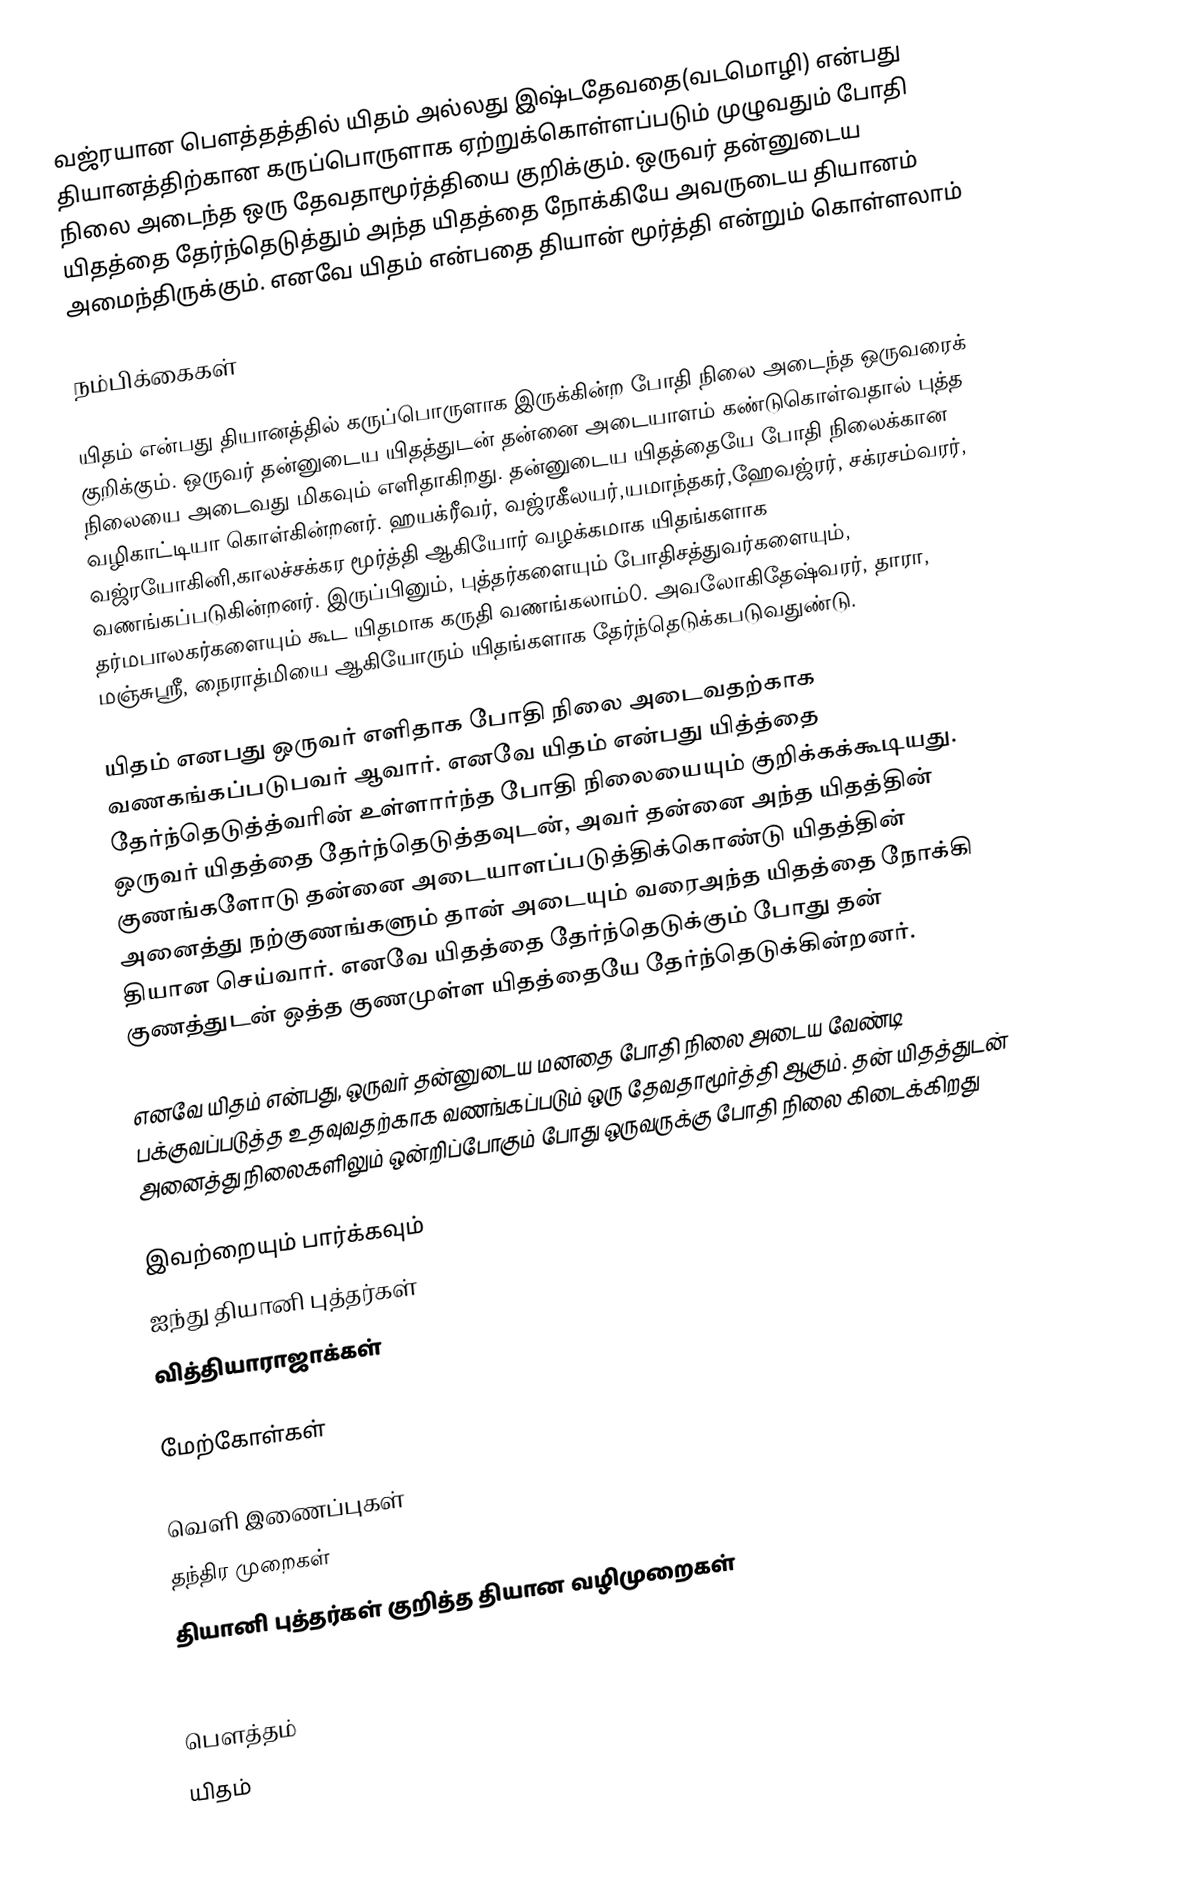
வஜ்ரயான பௌத்தத்தில் யிதம் அல்லது இஷ்டதேவதை(வடமொழி) என்பது தியானத்திற்கான கருப்பொருளாக ஏற்றுக்கொள்ளப்படும் முழுவதும் போதி நிலை அடைந்த ஒரு தேவதாமூர்த்தியை குறிக்கும். ஒருவர் தன்னுடைய யிதத்தை தேர்ந்தெடுத்தும் அந்த யிதத்தை நோக்கியே அவருடைய தியானம் அமைந்திருக்கும். எனவே யிதம் என்பதை தியான் மூர்த்தி என்றும் கொள்ளலாம்

நம்பிக்கைகள்

யிதம் என்பது தியானத்தில் கருப்பொருளாக இருக்கின்ற போதி நிலை அடைந்த ஒருவரைக் குறிக்கும். ஒருவர் தன்னுடைய யிதத்துடன் தன்னை அடையாளம் கண்டுகொள்வதால் புத்த நிலையை அடைவது மிகவும் எளிதாகிறது. தன்னுடைய யிதத்தையே போதி நிலைக்கான வழிகாட்டியா கொள்கின்றனர். ஹயக்ரீவர், வஜ்ரகீலயர்,யமாந்தகர்,ஹேவஜ்ரர், சக்ரசம்வரர், வஜ்ரயோகினி,காலச்சக்கர மூர்த்தி ஆகியோர் வழக்கமாக யிதங்களாக வணங்கப்படுகின்றனர். இருப்பினும், புத்தர்களையும் போதிசத்துவர்களையும், தர்மபாலகர்களையும் கூட யிதமாக கருதி வணங்கலாம்0. அவலோகிதேஷ்வரர், தாரா, மஞ்சுஸ்ரீ, நைராத்மியை ஆகியோரும் யிதங்களாக தேர்ந்தெடுக்கபடுவதுண்டு.

யிதம் எனபது ஒருவர் எளிதாக போதி நிலை அடைவதற்காக வணகங்கப்படுபவர் ஆவார். எனவே யிதம் என்பது யித்த்தை தேர்ந்தெடுத்த்வரின் உள்ளார்ந்த போதி நிலையையும் குறிக்கக்கூடியது. ஒருவர் யிதத்தை தேர்ந்தெடுத்தவுடன், அவர் தன்னை அந்த யிதத்தின் குணங்களோடு தன்னை அடையாளப்படுத்திக்கொண்டு யிதத்தின் அனைத்து நற்குணங்களும் தான் அடையும் வரைஅந்த யிதத்தை நோக்கி தியான செய்வார். எனவே யிதத்தை தேர்ந்தெடுக்கும் போது தன் குணத்துடன் ஒத்த குணமுள்ள யிதத்தையே தேர்ந்தெடுக்கின்றனர்.

எனவே யிதம் என்பது, ஒருவர் தன்னுடைய மனதை போதி நிலை அடைய வேண்டி பக்குவப்படுத்த உதவுவதற்காக வணங்கப்படும் ஒரு தேவதாமூர்த்தி ஆகும். தன் யிதத்துடன் அனைத்து நிலைகளிலும் ஒன்றிப்போகும் போது ஒருவருக்கு போதி நிலை கிடைக்கிறது

இவற்றையும் பார்க்கவும்
ஐந்து தியானி புத்தர்கள்
வித்தியாராஜாக்கள்

மேற்கோள்கள்

வெளி இணைப்புகள்
தந்திர முறைகள்
தியானி புத்தர்கள் குறித்த தியான வழிமுறைகள்
 Yidams: a godless approach, naturally!

பௌத்தம்
யிதம்